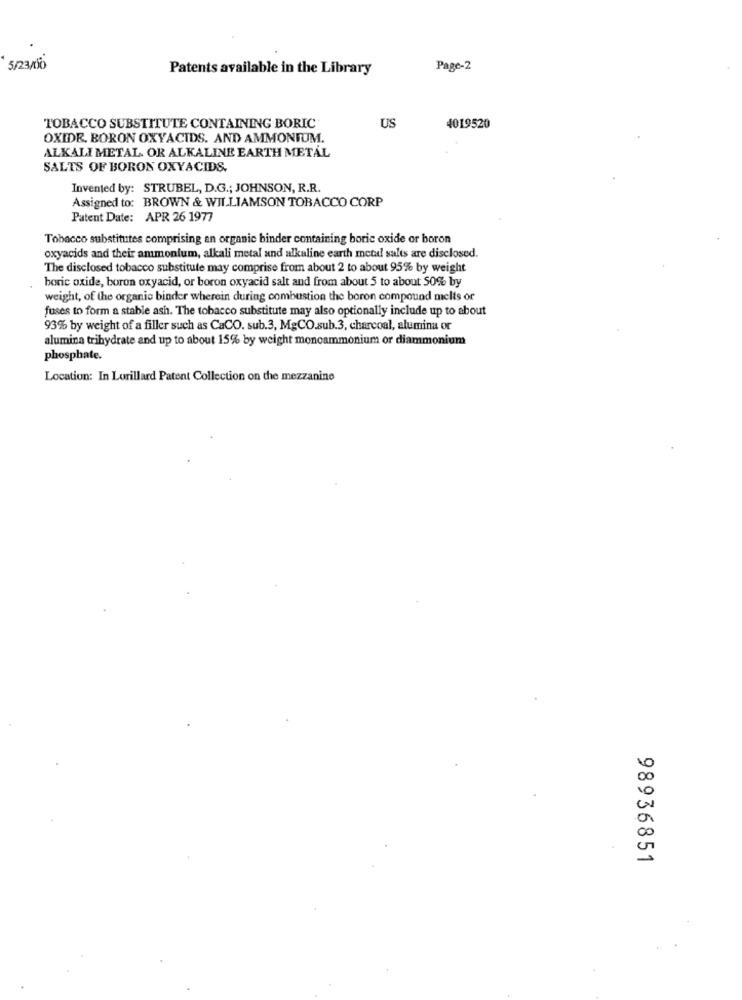
5/23/06
Patents available in the Library
Page-2
US
TOBACCO SUBSTITUTE CONTAINING BORIC
4019520
OXIDE. BORON OXYACIDS. AND AMMONIUM.
ALKALI METAL OR ALKALINE EARTH METAL
SALTS OF BORON OXYACIDS.
Invented by: STRUBEL, D.G .; JOHNSON, R.R.
Assigned to: BROWN & WILLIAMSON TOBACCO CORP
Patent Date: APR 26 1977
Tobacco substitutes comprising an organic binder containing boric oxide or boron
oxyacids and their ammonium, alkali metal and alkaline earth metal salts are disclosed.
The disclosed tobacco substitute may comprise from about 2 to about 95% by weight
boric oxide, boron oxyacid, or boron oxyacid salt and from about 5 to about 50% by
weight, of the organic binder wherein during combustion the boron compound melts or
fuses to form a stable ash. The tobacco substitute may also optionally include up to about
93% by weight of a filler such as CaCO. sub.3, MgCO.sub.3, charcoal, alumina or
alumina trihydrate and up to about 15% by weight moncammonium or diammonium
phosphate.
Location: In Lorillard Patent Collection on the mezzanine
98936851